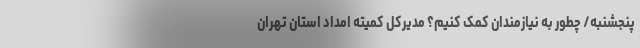
پنجشنبه/ چطور به نیازمندان کمک کنیم؟ مدیرکل کمیته امداد استان تهران